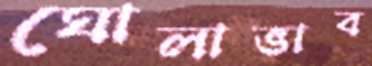
ঘোলাভাব